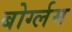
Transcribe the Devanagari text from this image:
बोर्ग्लम